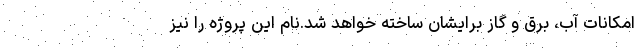
امکانات آب، برق و گاز برایشان ساخته خواهد شد.نام این پروژه را نیز